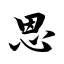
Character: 恩